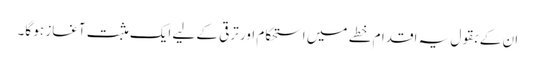
ان کے بقول یہ اقدام خطے میں استحکام اور ترقی کے لیے ایک مثبت آغاز ہو گا۔